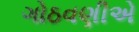
ગોઠવણીએ